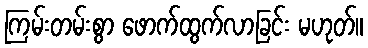
ကြမ်းတမ်းစွာ ဖောက်ထွက်လာခြင်း မဟုတ်။